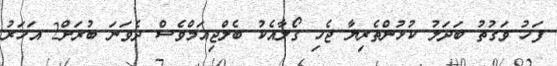
ފަހު ވަގުތު ބަދަލު ކުޅުންތެރިޔާ ޖެހި ގޯލާއެކު ބެލްޖިއަމްވެސް ދެވަނަ ބުރަށް2 އަހަރު